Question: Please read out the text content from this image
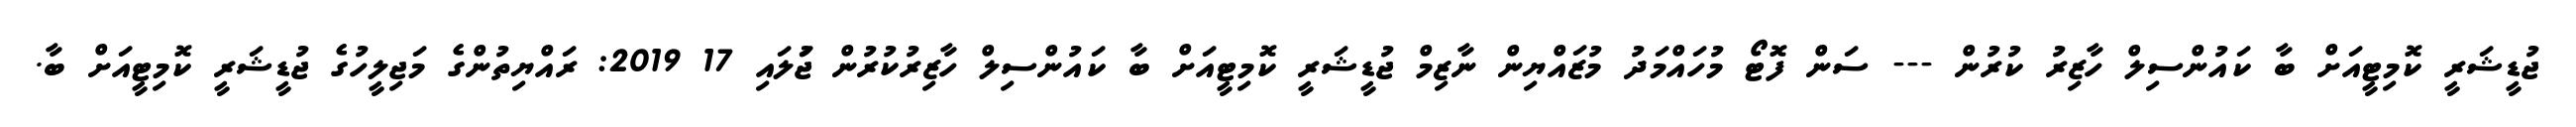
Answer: ޖުޑީޝަރީ ކޮމިޓީއަށް ބާ ކައުންސިލް ހާޒިރު ކުރުން --- ސަން ފޮޓޯ މުހައްމަދު މުޒައްޔިން ނާޒިމް ޖުޑީޝަރީ ކޮމިޓީއަށް ބާ ކައުންސިލް ހާޒިރުކުރުން ޖުަލައި 17 2019: ރައްޔިތުންގެ މަޖިލީހުގެ ޖުޑީޝަރީ ކޮމިޓީއަށް ބާ.